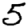
Digit: 5